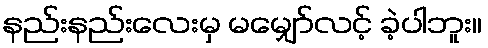
နည်းနည်းလေးမှ မမျှော်လင့် ခဲ့ပါဘူး။